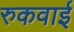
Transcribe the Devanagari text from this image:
रुकवाई